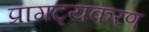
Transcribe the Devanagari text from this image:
प्रागट्यकरण